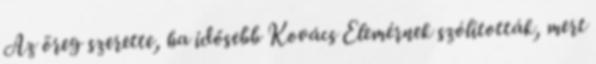
Az öreg szerette, ha idősebb Kovács Elemérnek szólították, mert